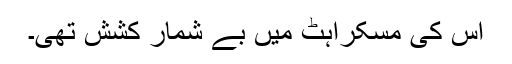
اس کی مسکراہٹ میں بے شمار کشش تھی۔